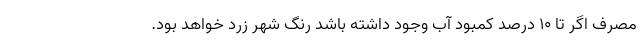
مصرف اگر تا ۱۰ درصد کمبود آب وجود داشته باشد رنگ شهر زرد خواهد بود.